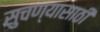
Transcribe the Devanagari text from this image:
सुचण्यासाठी